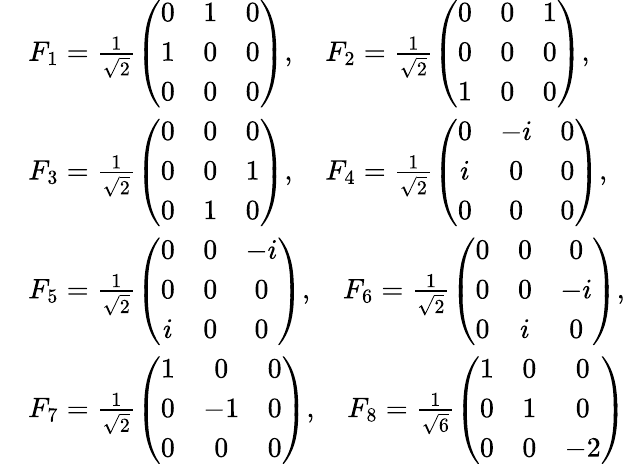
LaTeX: \begin{array}{rl}&{F_{1}=\frac{1}{\sqrt{2}}\left(\begin{array}{ccc}{0}&{1}&{0}\\ {1}&{0}&{0}\\ {0}&{0}&{0}\end{array}\right),\quad F_{2}=\frac{1}{\sqrt{2}}\left(\begin{array}{ccc}{0}&{0}&{1}\\ {0}&{0}&{0}\\ {1}&{0}&{0}\end{array}\right),}\\ &{F_{3}=\frac{1}{\sqrt{2}}\left(\begin{array}{ccc}{0}&{0}&{0}\\ {0}&{0}&{1}\\ {0}&{1}&{0}\end{array}\right),\quad F_{4}=\frac{1}{\sqrt{2}}\left(\begin{array}{ccc}{0}&{-i}&{0}\\ {i}&{0}&{0}\\ {0}&{0}&{0}\end{array}\right),}\\ &{F_{5}=\frac{1}{\sqrt{2}}\left(\begin{array}{ccc}{0}&{0}&{-i}\\ {0}&{0}&{0}\\ {i}&{0}&{0}\end{array}\right),\quad F_{6}=\frac{1}{\sqrt{2}}\left(\begin{array}{ccc}{0}&{0}&{0}\\ {0}&{0}&{-i}\\ {0}&{i}&{0}\end{array}\right),}\\ &{F_{7}=\frac{1}{\sqrt{2}}\left(\begin{array}{ccc}{1}&{0}&{0}\\ {0}&{-1}&{0}\\ {0}&{0}&{0}\end{array}\right),\quad F_{8}=\frac{1}{\sqrt{6}}\left(\begin{array}{ccc}{1}&{0}&{0}\\ {0}&{1}&{0}\\ {0}&{0}&{-2}\end{array}\right)}\end{array}